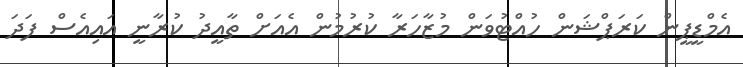
އެމްޑީޕީން ކަރަޕްޝަން ހުއްޓުވަން މުޒާހަރާ ކުރުމުން އެއަށް ތާއީދު ކުރާނީ އައިއެސް ފަދަ